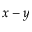
x - y